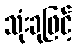
သုံးခုဖြင့်